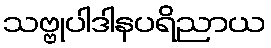
သဗ္ဗုပါဒါနပရိညာယ